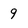
Character: 9